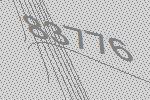
83776